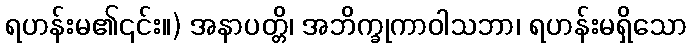
ရဟန်းမ၏၎င်း။) အနာပတ္တိ၊ အဘိက္ခုကာဝါသဘာ၊ ရဟန်းမရှိသော